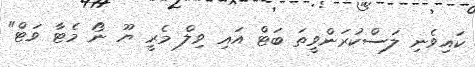
ކައިވެނި ލަސްކުރަންވީތަ ބަޓް އައި ވިލް މެރީ ޔޫ ނޯ މެޓާ ވަޓް"